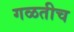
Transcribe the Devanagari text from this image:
गळतीच